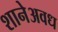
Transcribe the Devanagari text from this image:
शानेअवध